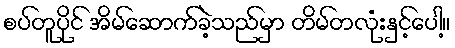
စပ်တူပိုင် အိမ်ဆောက်ခဲ့သည်မှာ တိမ်တလုံးနှင့်ပေါ့။